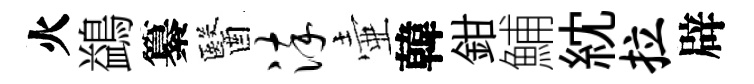
火鷁纂醫淬壷韓鉗鯆紞拉辟